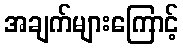
အချက်များကြောင့်